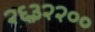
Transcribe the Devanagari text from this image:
२६३२२००